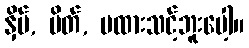
နှိပ်, ပိတ်, မထားသင့်ဘူးပေါ့။